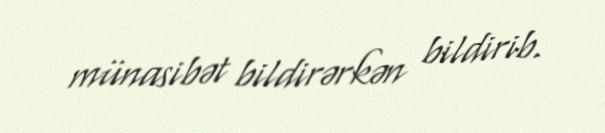
münasibət bildirərkən bildirib.